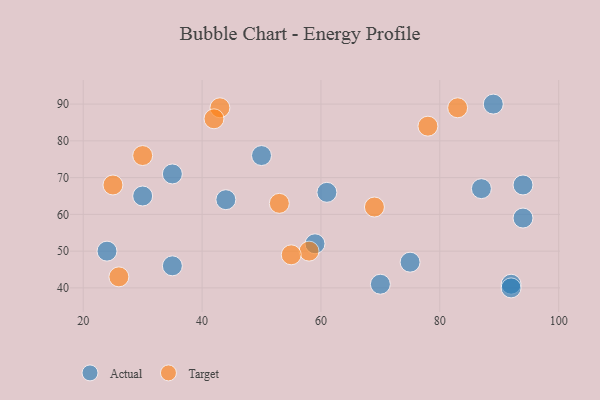
{"axis": {"x": "GDP", "y": "Life Expectancy"}, "legend": ["Actual", "Target"], "data": [{"x": "92", "y": 41, "type": "Actual"}, {"x": "94", "y": 68, "type": "Actual"}, {"x": "94", "y": 59, "type": "Actual"}, {"x": "35", "y": 46, "type": "Actual"}, {"x": "30", "y": 65, "type": "Actual"}, {"x": "70", "y": 41, "type": "Actual"}, {"x": "61", "y": 66, "type": "Actual"}, {"x": "59", "y": 52, "type": "Actual"}, {"x": "92", "y": 40, "type": "Actual"}, {"x": "44", "y": 64, "type": "Actual"}, {"x": "35", "y": 71, "type": "Actual"}, {"x": "89", "y": 90, "type": "Actual"}, {"x": "24", "y": 50, "type": "Actual"}, {"x": "87", "y": 67, "type": "Actual"}, {"x": "75", "y": 47, "type": "Actual"}, {"x": "50", "y": 76, "type": "Actual"}, {"x": "69", "y": 62, "type": "Target"}, {"x": "58", "y": 50, "type": "Target"}, {"x": "25", "y": 68, "type": "Target"}, {"x": "83", "y": 89, "type": "Target"}, {"x": "43", "y": 89, "type": "Target"}, {"x": "53", "y": 63, "type": "Target"}, {"x": "55", "y": 49, "type": "Target"}, {"x": "78", "y": 84, "type": "Target"}, {"x": "42", "y": 86, "type": "Target"}, {"x": "30", "y": 76, "type": "Target"}, {"x": "26", "y": 43, "type": "Target"}]}